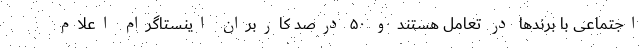
اجتماعی با برندها در تعامل هستند و ۵۰ درصد کاربران اینستاگرام اعلام